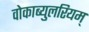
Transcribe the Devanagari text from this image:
वोकाब्युलरियम्